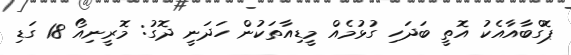
ޕޮގްބާއާއެކު އޮތީ ބަދަހި ގުޅުމެއް މީޑިއާތަކުން ހަދަނީ ދޮގު: މޮރީނިއޯ 18 ގަޑި